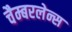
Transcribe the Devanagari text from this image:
चैम्बरलेन्स